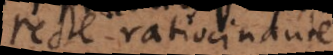
recte ratiocinante.